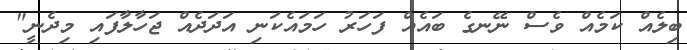
ބިލެއް ކަމެއް ވެސް ނޭނގެ ބައެއް ފަހަރު ހަމައެކަނި އަދަދެއް ޖަހާލާފައި މިދެނީ"